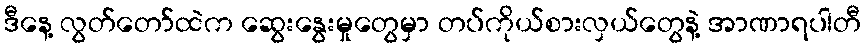
ဒီနေ့ လွတ်တော်ထဲက ဆွေးနွေးမှုတွေမှာ တပ်ကိုယ်စားလှယ်တွေနဲ့ အာဏာရပါတီ